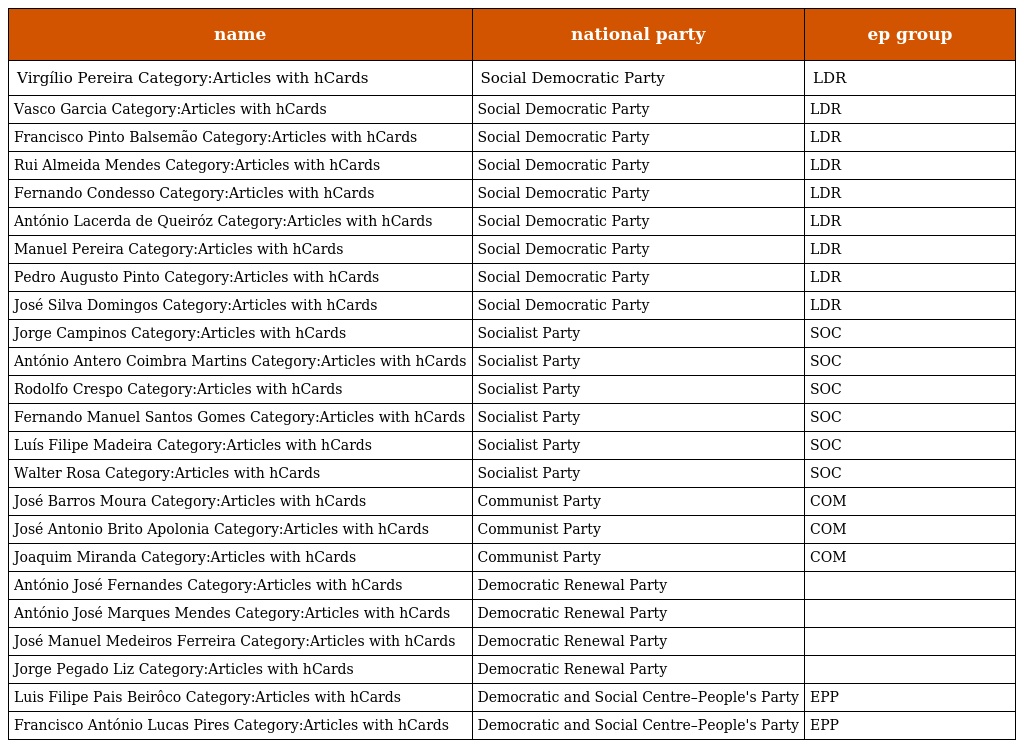
| name | national party | ep group |
 | --- | --- | --- |
 | Virgílio Pereira Category:Articles with hCards | Social Democratic Party | LDR |
 | Vasco Garcia Category:Articles with hCards | Social Democratic Party | LDR |
 | Francisco Pinto Balsemão Category:Articles with hCards | Social Democratic Party | LDR |
 | Rui Almeida Mendes Category:Articles with hCards | Social Democratic Party | LDR |
 | Fernando Condesso Category:Articles with hCards | Social Democratic Party | LDR |
 | António Lacerda de Queiróz Category:Articles with hCards | Social Democratic Party | LDR |
 | Manuel Pereira Category:Articles with hCards | Social Democratic Party | LDR |
 | Pedro Augusto Pinto Category:Articles with hCards | Social Democratic Party | LDR |
 | José Silva Domingos Category:Articles with hCards | Social Democratic Party | LDR |
 | Jorge Campinos Category:Articles with hCards | Socialist Party | SOC |
 | António Antero Coimbra Martins Category:Articles with hCards | Socialist Party | SOC |
 | Rodolfo Crespo Category:Articles with hCards | Socialist Party | SOC |
 | Fernando Manuel Santos Gomes Category:Articles with hCards | Socialist Party | SOC |
 | Luís Filipe Madeira Category:Articles with hCards | Socialist Party | SOC |
 | Walter Rosa Category:Articles with hCards | Socialist Party | SOC |
 | José Barros Moura Category:Articles with hCards | Communist Party | COM |
 | José Antonio Brito Apolonia Category:Articles with hCards | Communist Party | COM |
 | Joaquim Miranda Category:Articles with hCards | Communist Party | COM |
 | António José Fernandes Category:Articles with hCards | Democratic Renewal Party |  |
 | António José Marques Mendes Category:Articles with hCards | Democratic Renewal Party |  |
 | José Manuel Medeiros Ferreira Category:Articles with hCards | Democratic Renewal Party |  |
 | Jorge Pegado Liz Category:Articles with hCards | Democratic Renewal Party |  |
 | Luis Filipe Pais Beirôco Category:Articles with hCards | Democratic and Social Centre–People's Party | EPP |
 | Francisco António Lucas Pires Category:Articles with hCards | Democratic and Social Centre–People's Party | EPP |